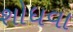
શોધવા